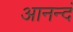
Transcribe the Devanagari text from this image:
आनन्दं